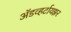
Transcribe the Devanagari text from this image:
अॅडव्हर्टायझर